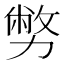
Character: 𠢪